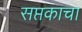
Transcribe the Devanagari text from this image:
सप्तकाचा